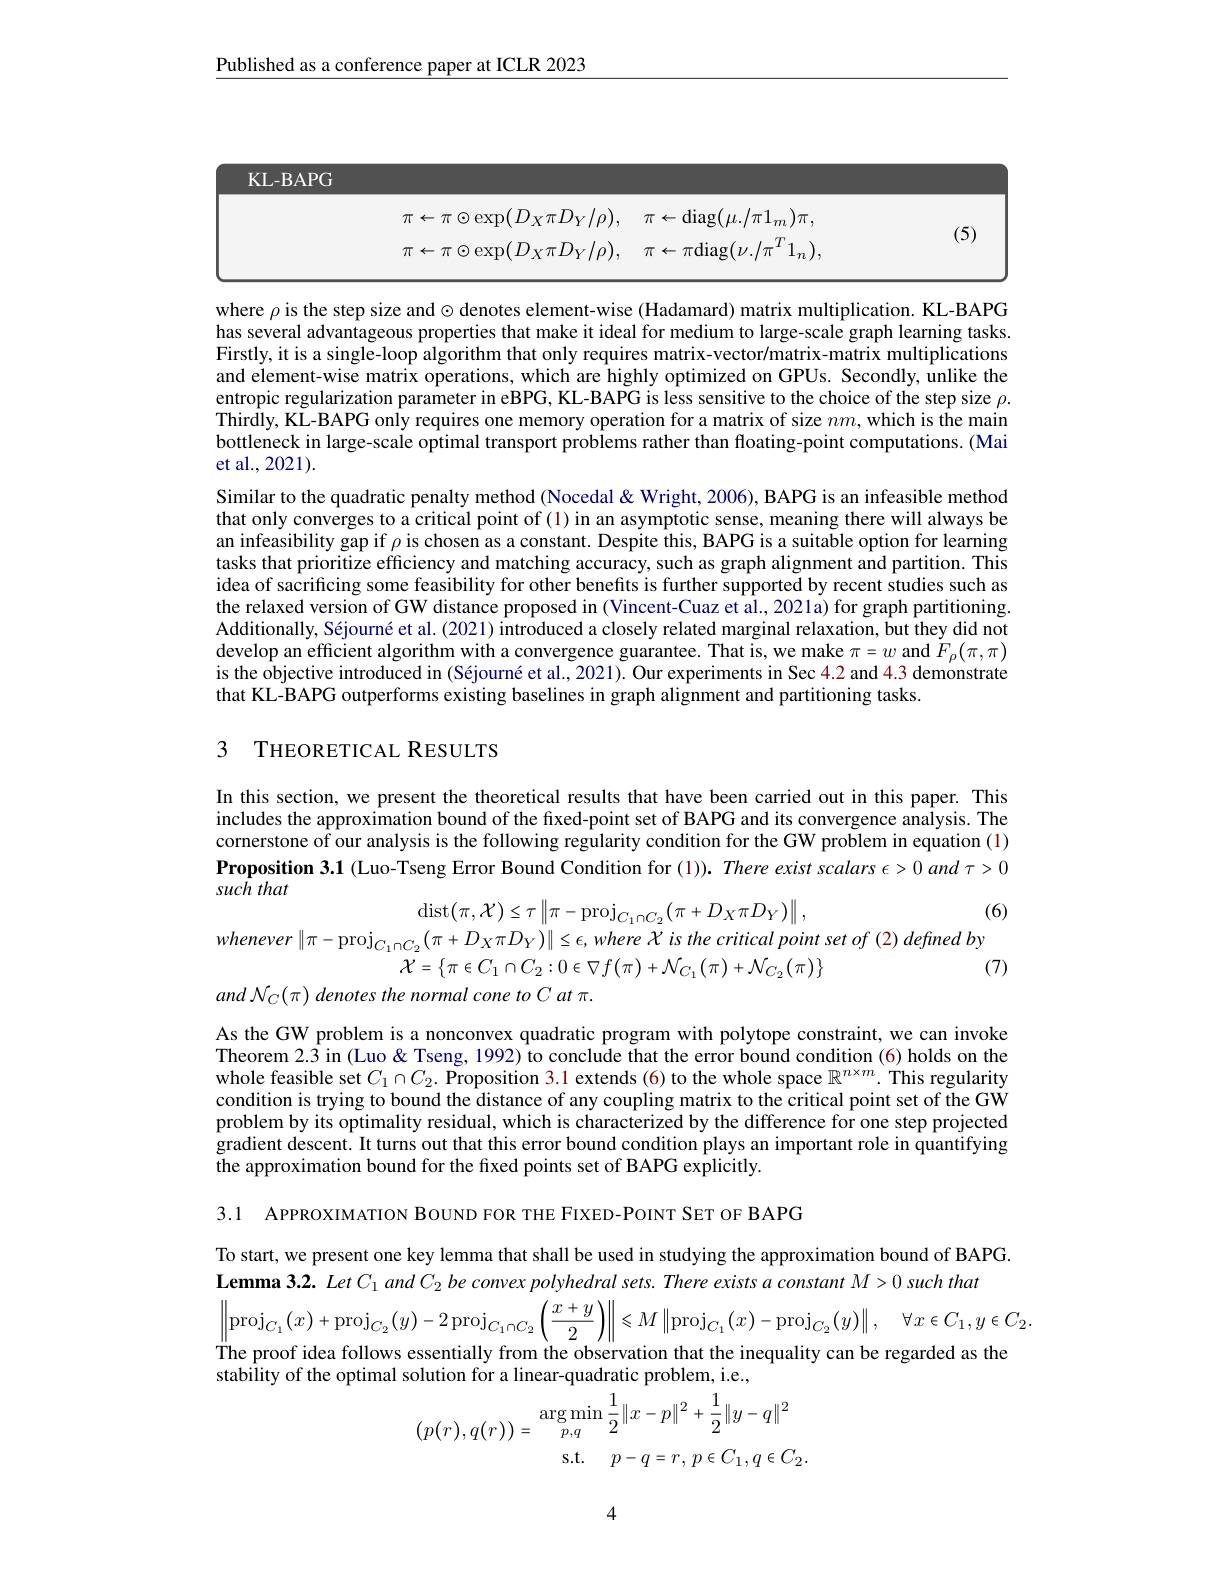
$\underline{\text{Published as a conference paper at ICLR 2023}}$

<table>
	<tbody>
		<tr>
			<td>$\pi\leftarrow\pi\odot\exp(D_{X}\pi D_{Y}/\rho)$</td>
			<td>${\mathrm{g}}(\mu./\pi1_{m})\pi$</td>
			<td> </td>
		</tr>
		<tr>
			<td>$\pi\leftarrow\pi\odot$exp$(D_X\pi D_Y/\rho)$</td>
			<td>$ag$</td>
			<td> </td>
		</tr>
	</tbody>
</table>

where $\rho$ is the step size and $\odot$ denotes element-wise (Hadamard) matrix multiplication. KL-BAPG has several advantageous properties that make it ideal for medium to large-scale graph learning tasks. Firstly, it is a single-loop algorithm that only requires matrix-vector/matrix-matrix multiplications and element-wise matrix operations, which are highly optimized on GPUs. Secondly, unlike the entropic regularization parameter in eBPG, KL-BAPG is less sensitive to the choice of the step size $\rho.$ Thirdly, KL-BAPG only requires one memory operation for a matrix of size $nm$, which is the main bottleneck in large-scale optimal transport problems rather than floating-point computations. (Mai et al., 2021).
Similar to the quadratic penalty method (Nocedal &Wright, 2006), BAPG is an infeasible method that only converges to a critical point of (1) in an asymptotic sense, meaning there will always be an infeasibility gap if $\rho$ is chosen as a constant. Despite this, BAPG is a suitable option for learning tasks that prioritize efficiency and matching accuracy, such as graph alignment and partition. This idea of sacrificing some feasibility for other benefits is further supported by recent studies such as the relaxed version of GW distance proposed in (Vincent-Cuaz et al., 2021a) for graph partitioning. Additionally, Séjourné et al. (2021) introduced a closely related marginal relaxation, but they did not develop an efficient algorithm with a convergence guarantee. That is, we make $\pi=w$ and $F_\rho(\pi,\pi)$ is the objective introduced in (Séjourné et al., 2021). Our experiments in Sec 4.2 and 4.3 demonstrate that KL-BAPG outperforms existing baselines in graph alignment and partitioning tasks.

## 3 THEORETICAL RESULTS

In this section, we present the theoretical results that have been carried out in this paper. This includes the approximation bound of the fixed-point set of BAPG and its convergence analysis. The cornerstone of our analysis is the following regularity condition for the GW problem in equation (1) $\textbf{Proposition 3. 1 ( Luo- Tseng Error Bound Condition for ( 1) ) . There exist scalars }\epsilon > 0$ and $\tau>0$ such that

(6)

$\operatorname{dist}(\pi,\mathcal{X})\leq\tau\left\|\pi-\operatorname{proj}_{C_1\cap C_2}(\pi+D_X\pi D_Y)\right\|$,
$whenever\left\|\pi-\mathrm{proj}_{C_{1}\cap C_{2}}(\pi+D_{X}\pi D_{Y})\right\|\leq\epsilon,where\chi$ is the critical point set of (2) defined by
(7)
${\mathcal X}=\left\{\pi\in C_{1}\cap C_{2}:0\in\nabla f(\pi)+{\mathcal N}_{C_{1}}(\pi)+{\mathcal N}_{C_{2}}(\pi)\right\}$
and N$_C(\pi)$ denotes the normal cone to C at $\pi.$

As the GW problem is a nonconvex quadratic program with polytope constraint, we can invoke Theorem $2.\hat{3}$ in (Luo & Tseng, 1992) to conclude that the error bound condition (6) holds on the whole feasible set $C_1\cap C_2.$ Proposition 3.1 extends(6) to the whole space $\mathbb{R}^n\times m.$ This regularity condition is trying to bound the distance of any coupling matrix to the critical point set of the GW problem by its optimality residual, which is characterized by the difference for one step projected gradient descent. It turns out that this error bound condition plays an important role in quantifying the approximation bound for the fixed points set of BAPG explicitly.

3.1 APPROXIMATION BOUND FOR THE FIXED-POINT SET OF BAPG

To start, we present one key lemma that shall be used in studying the approximation bound of BAPG.
Lemma 3.2. Let $C_1$ and $C_2$ be convex polyhedral sets. There exists a constant M>0 such that
$$\left\|\mathrm{proj}_{C_{1}}(x)+\mathrm{proj}_{C_{2}}(y)-2\:\mathrm{proj}_{C_{1}\cap C_{2}}\left(\frac{x+y}{2}\right)\right\|\leqslant M\left\|\mathrm{proj}_{C_{1}}(x)-\mathrm{proj}_{C_{2}}(y)\right\|,\quad\forall x\in C_{1},y\in C_{2},$$
The proof idea follows essentially from the observation that the inequality can be regarded as the
stability of the optimal solution for a linear-quadratic problem, i.e.,
$$\left(p(r),q(r)\right)=\begin{matrix}\arg\min_{p,q}\frac{1}{2}\|x-p\|^{2}+\frac{1}{2}\|y-q\|^{2}\\\mathrm{s.t.}\quad p-q=r,\:p\in C_{1},q\in C_{2}.\end{matrix}$$
4